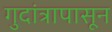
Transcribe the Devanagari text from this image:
गुदांत्रापासून